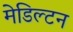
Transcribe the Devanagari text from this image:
मेडिल्टन